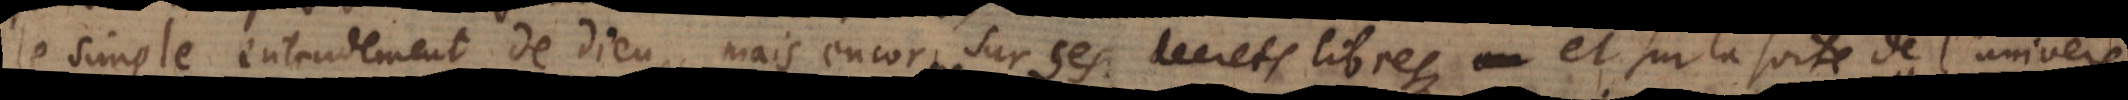
le simple entendement de Dieu, mais encor sur ses decrets libres, et sur la suite de l’univers.